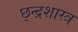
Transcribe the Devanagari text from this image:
छ्न्द्रशास्त्र